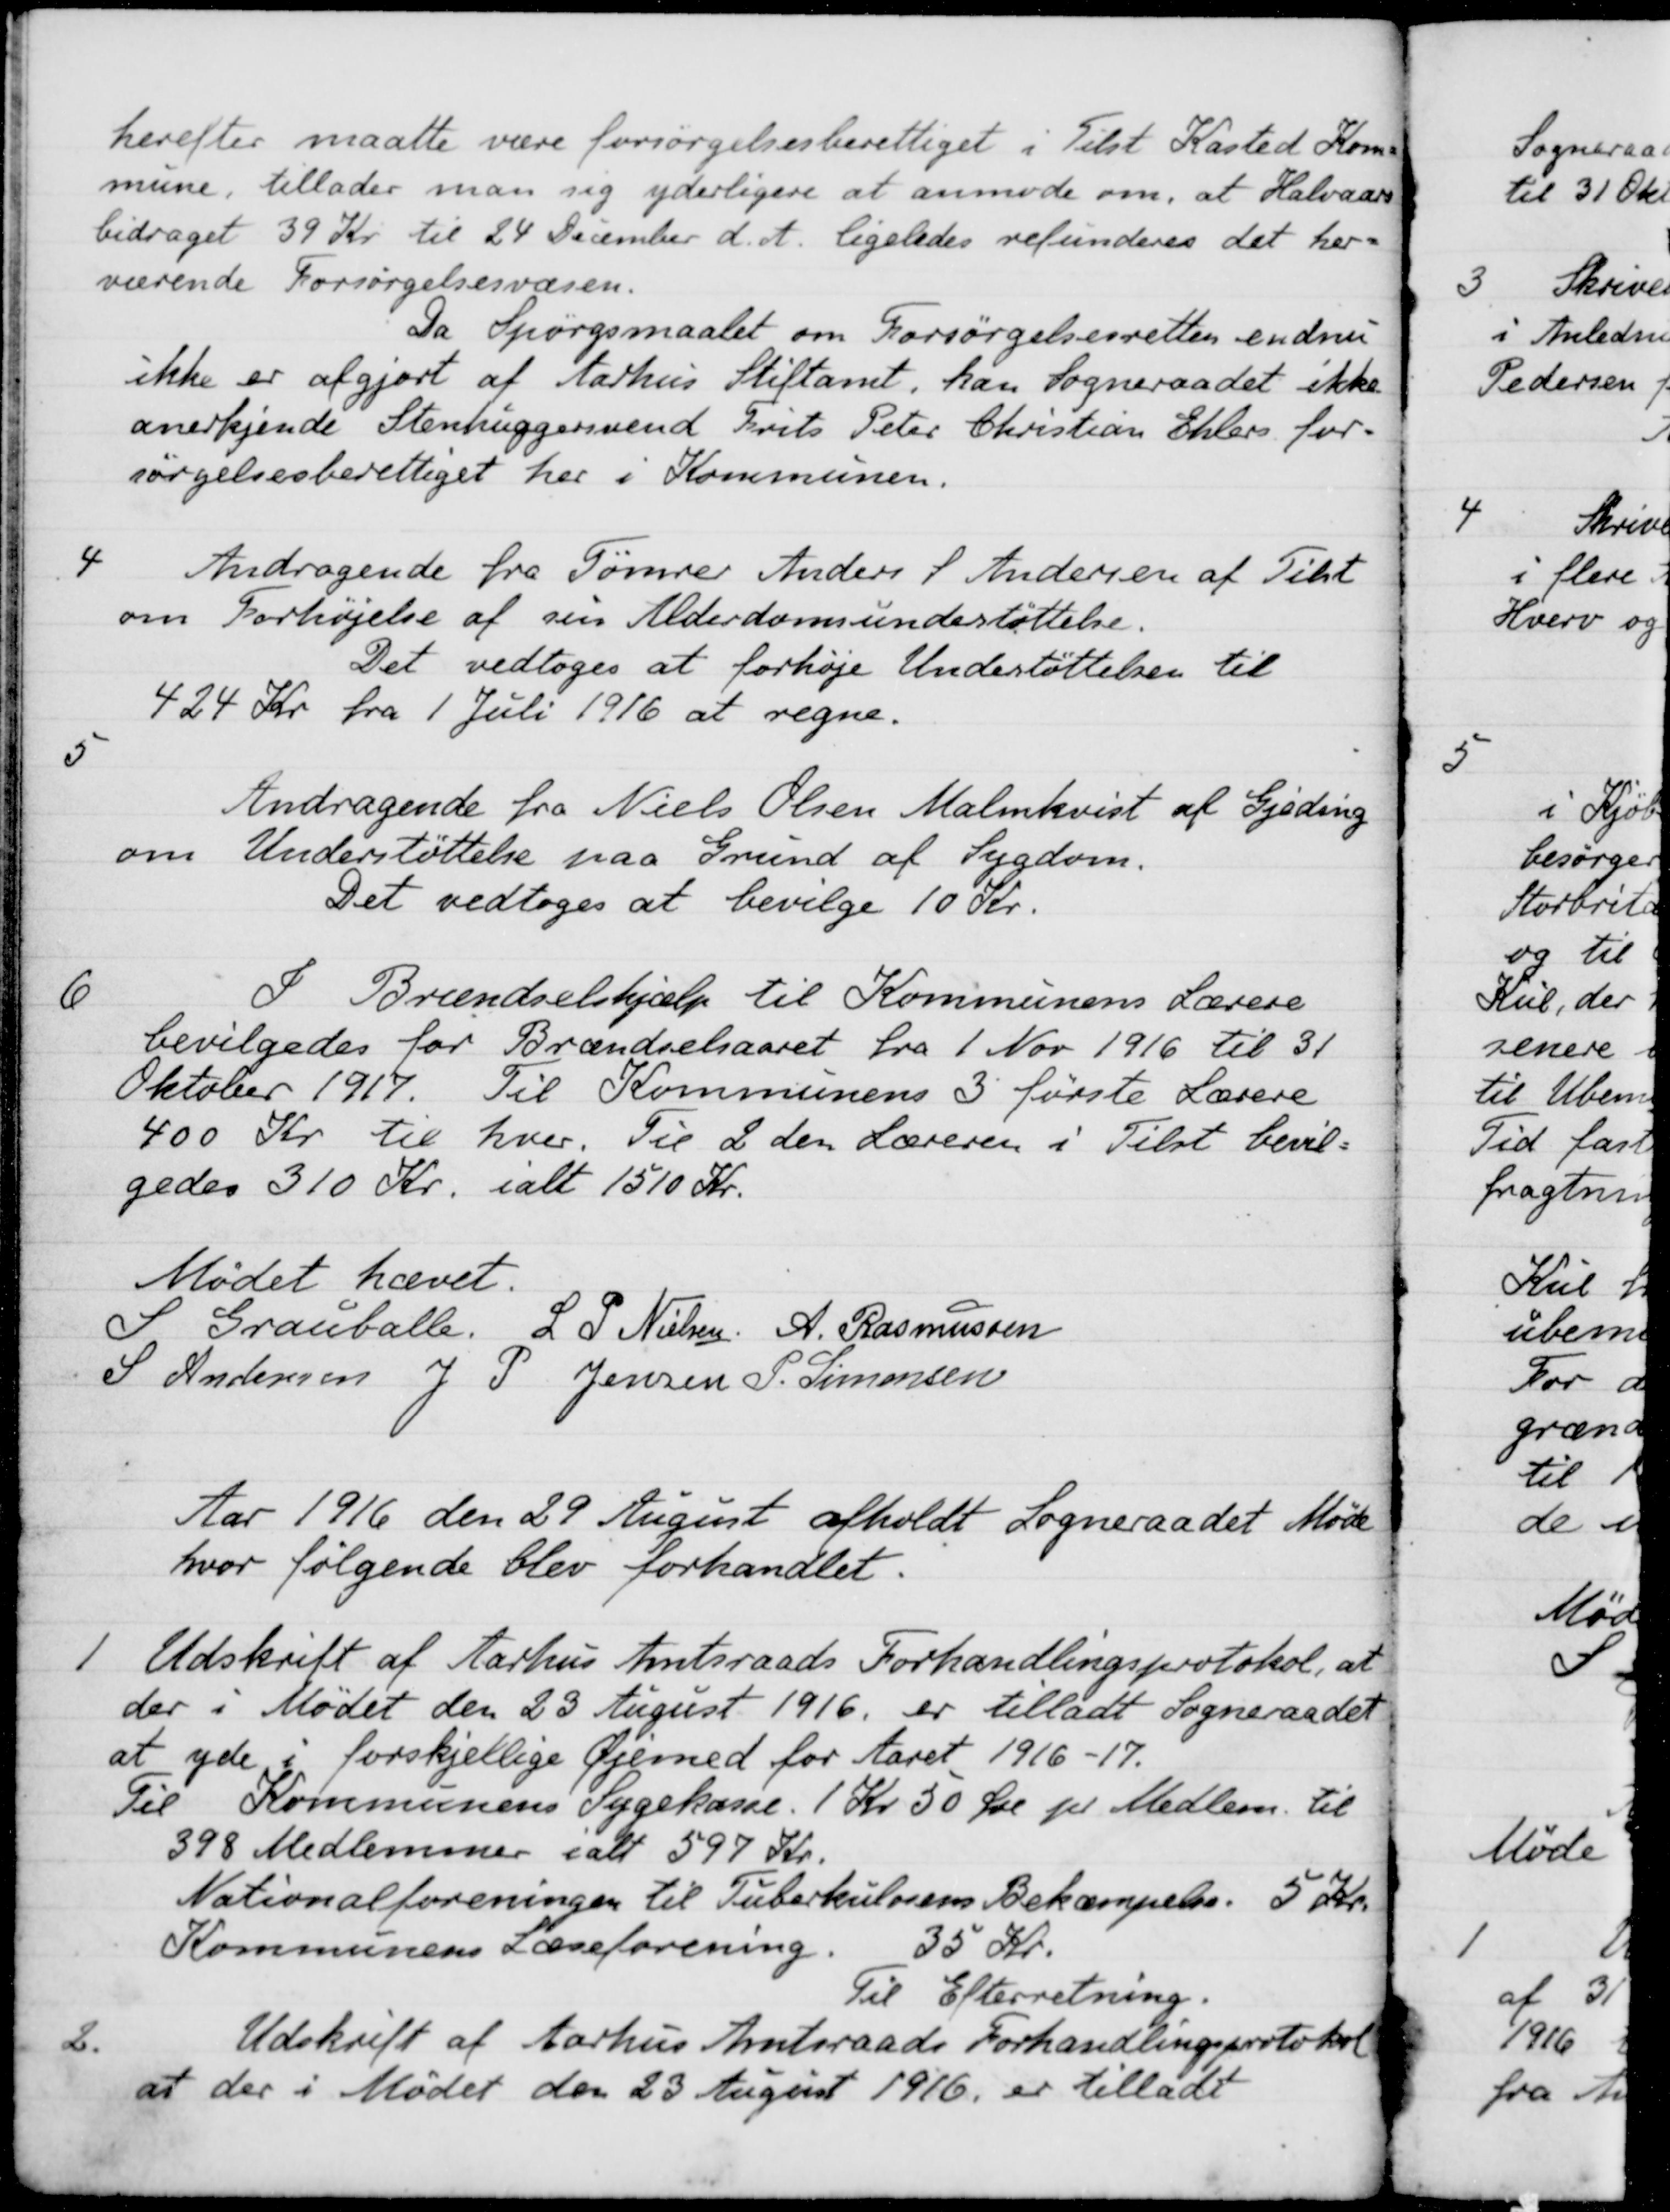
Transskription:
herefter maatte være forsørgelsesberettiget i Tilst Kasted Kom
mune, tillader man sig yderligere at anmode om, at Halvaars
bidraget 39 Kr til 24 December d. A. ligeledes refunderes det her
værende Forsørgelsesvæsen.
Da Spørgsmaalet om Forsørgelsesretten endnu
ikke er afgjort af Aarhus Stiftamt, kan Sogneraadet ikke
anerkjende Stenhuggersvend Frits Peter Christian Ehlers for-
sørgelsesberettiget her i Kommunen.
4
Andragende fra Tømrer Anders S. Andersen af Tilst
om Forhøjelse af sin Alderdomsunderstøttelse.
Det vedtoges at forhøje Understøttelsen til
424 Kr fra 1 Juli 1916 at regne.
5
Andragende fra Niels Olsen Malmkvist af Gjeding
om Understøttelse paa Grund af Sygdom.
Det vedtoges at bevilge 10 Kr.
6
I Brændselshjælp til Kommunens Lærere
bevilgedes for Brændselsaaret fra 1 Nov 1916 til 31
Oktober 1917. Til Kommunens 3 første Lærere
400 Kr til hver. Til 2 den Læreren i Tilst bevil-
gedes 310 Kr. ialt 1510 Kr.
Mødet hævet.
S. Grauballe.
L. P. Nielsen
A. Rasmussen
S Andersen
J P Jensen
P. Simonsen
Aar 1916 den 29 August afholdt Sogneraadet Møde
hvor følgende blev forhandlet.
1
Udskrift af Aarhus Amtsraads Forhandlingsprotokol, at
der i Mødet den 23 August 1916, er tilladt Sogneraadet
at yde i forskjellige Øjemed for Aaret 1916-17.
Til Kommunens Sygekasse. 1 Kr. 50 Øre pr Medlem til
398 Medlemmer ialt 597 Kr.
Nationalforeningen til Tuberkulosens Bekæmpelse. 5 Kr.
Kommunens Læseforening. 35 Kr.
Til Efterretning.
2.
Udskrift af Aarhus Amtsraads Forhandlingsprotokol
at der i Mødet den 23 August 1916, er tilladt